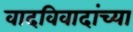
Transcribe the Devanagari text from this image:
वादविवादांच्या